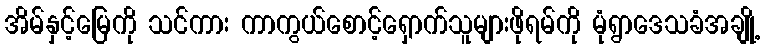
အိမ်နှင့်မြေကို သင်ကား ကာကွယ်စောင့်ရှောက်သူများဖိုရမ်ကို မုံရွာဒေသခံအချို့